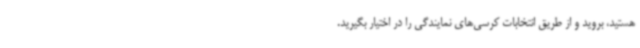
هستید، بروید و از طریق انتخابات کرسی‌های نمایندگی را در اختیار بگیرید.